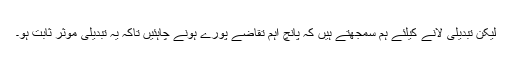
لیکن تبدیلی لانے کیلئے ہم سمجھتے ہیں کہ پانچ اہم تقاضے پورے ہونے چاہئیں تاکہ یہ تبدیلی موثر ثابت ہو۔